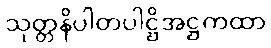
သုတ္တနိပါတပါဋ္ဌိအဋ္ဌကထာ